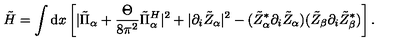
\tilde { H } = \int \mathrm { d } x \left[ | \tilde { \Pi } _ { \alpha } + \frac { \Theta } { 8 \pi ^ { 2 } } \tilde { \Pi } _ { \alpha } ^ { H } | ^ { 2 } + | \partial _ { i } \tilde { Z } _ { \alpha } | ^ { 2 } - ( \tilde { Z } _ { \alpha } ^ { * } \partial _ { i } \tilde { Z } _ { \alpha } ) ( \tilde { Z } _ { \beta } \partial _ { i } \tilde { Z } _ { \beta } ^ { * } ) \right] .